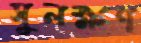
সুলক্ষণ